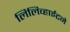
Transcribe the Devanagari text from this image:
लिलिव्हाईटने